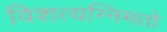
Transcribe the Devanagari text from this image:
विशत्यग्निमतो